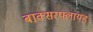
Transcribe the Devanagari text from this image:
बाक्सरफ्लायड